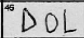
Transcription: DOL